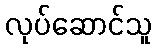
လုပ်ဆောင်သူ